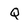
Character: Q